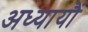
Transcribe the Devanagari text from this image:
अध्यायौं